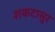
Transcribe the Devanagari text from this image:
शकटासुर